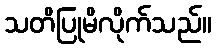
သတိပြုမိလိုက်သည်။